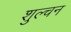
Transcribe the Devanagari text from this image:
शुल्चन